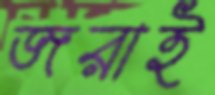
জরাই